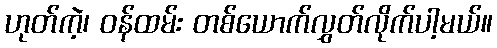
ဟုတ်ကဲ့၊ ဝန်ထမ်း တစ်ယောက်လွှတ်လိုက်ပါ့မယ်။